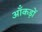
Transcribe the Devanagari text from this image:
ऑंकड़ों